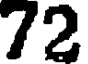
72